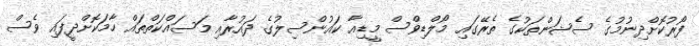
ފޯރުކޮށްދިނުމުގެ ސެޝަންތަކުގެ ތެރޭގައި މޯލްޑިވްސް މީޑިއާ ކައުންސިލުގެ ދައުރާއި މަސައްކަތްތައް ހާމަކޮށްދީފައި ވެސް